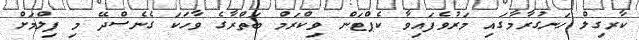
ކާރގިލް ހަނގުރާމާގައި މަރުވެފައިވާ ކެޕްޓަން ވިކްރަމް ބަތްރާގެ ވާހަކަ ގެނެސްދޭ މި ފިލްމަށް